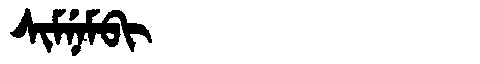
Manchu: ᠰᡳᠮᠨᡝᠮᠪᡳ
Romanization: SIMNEMBI